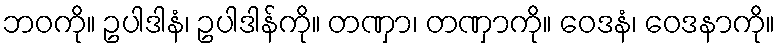
ဘဝကို။ ဥပါဒါနံ၊ ဥပါဒါန်ကို။ တဏှာ၊ တဏှာကို။ ဝေဒနံ၊ ဝေဒနာကို။